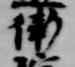
衛